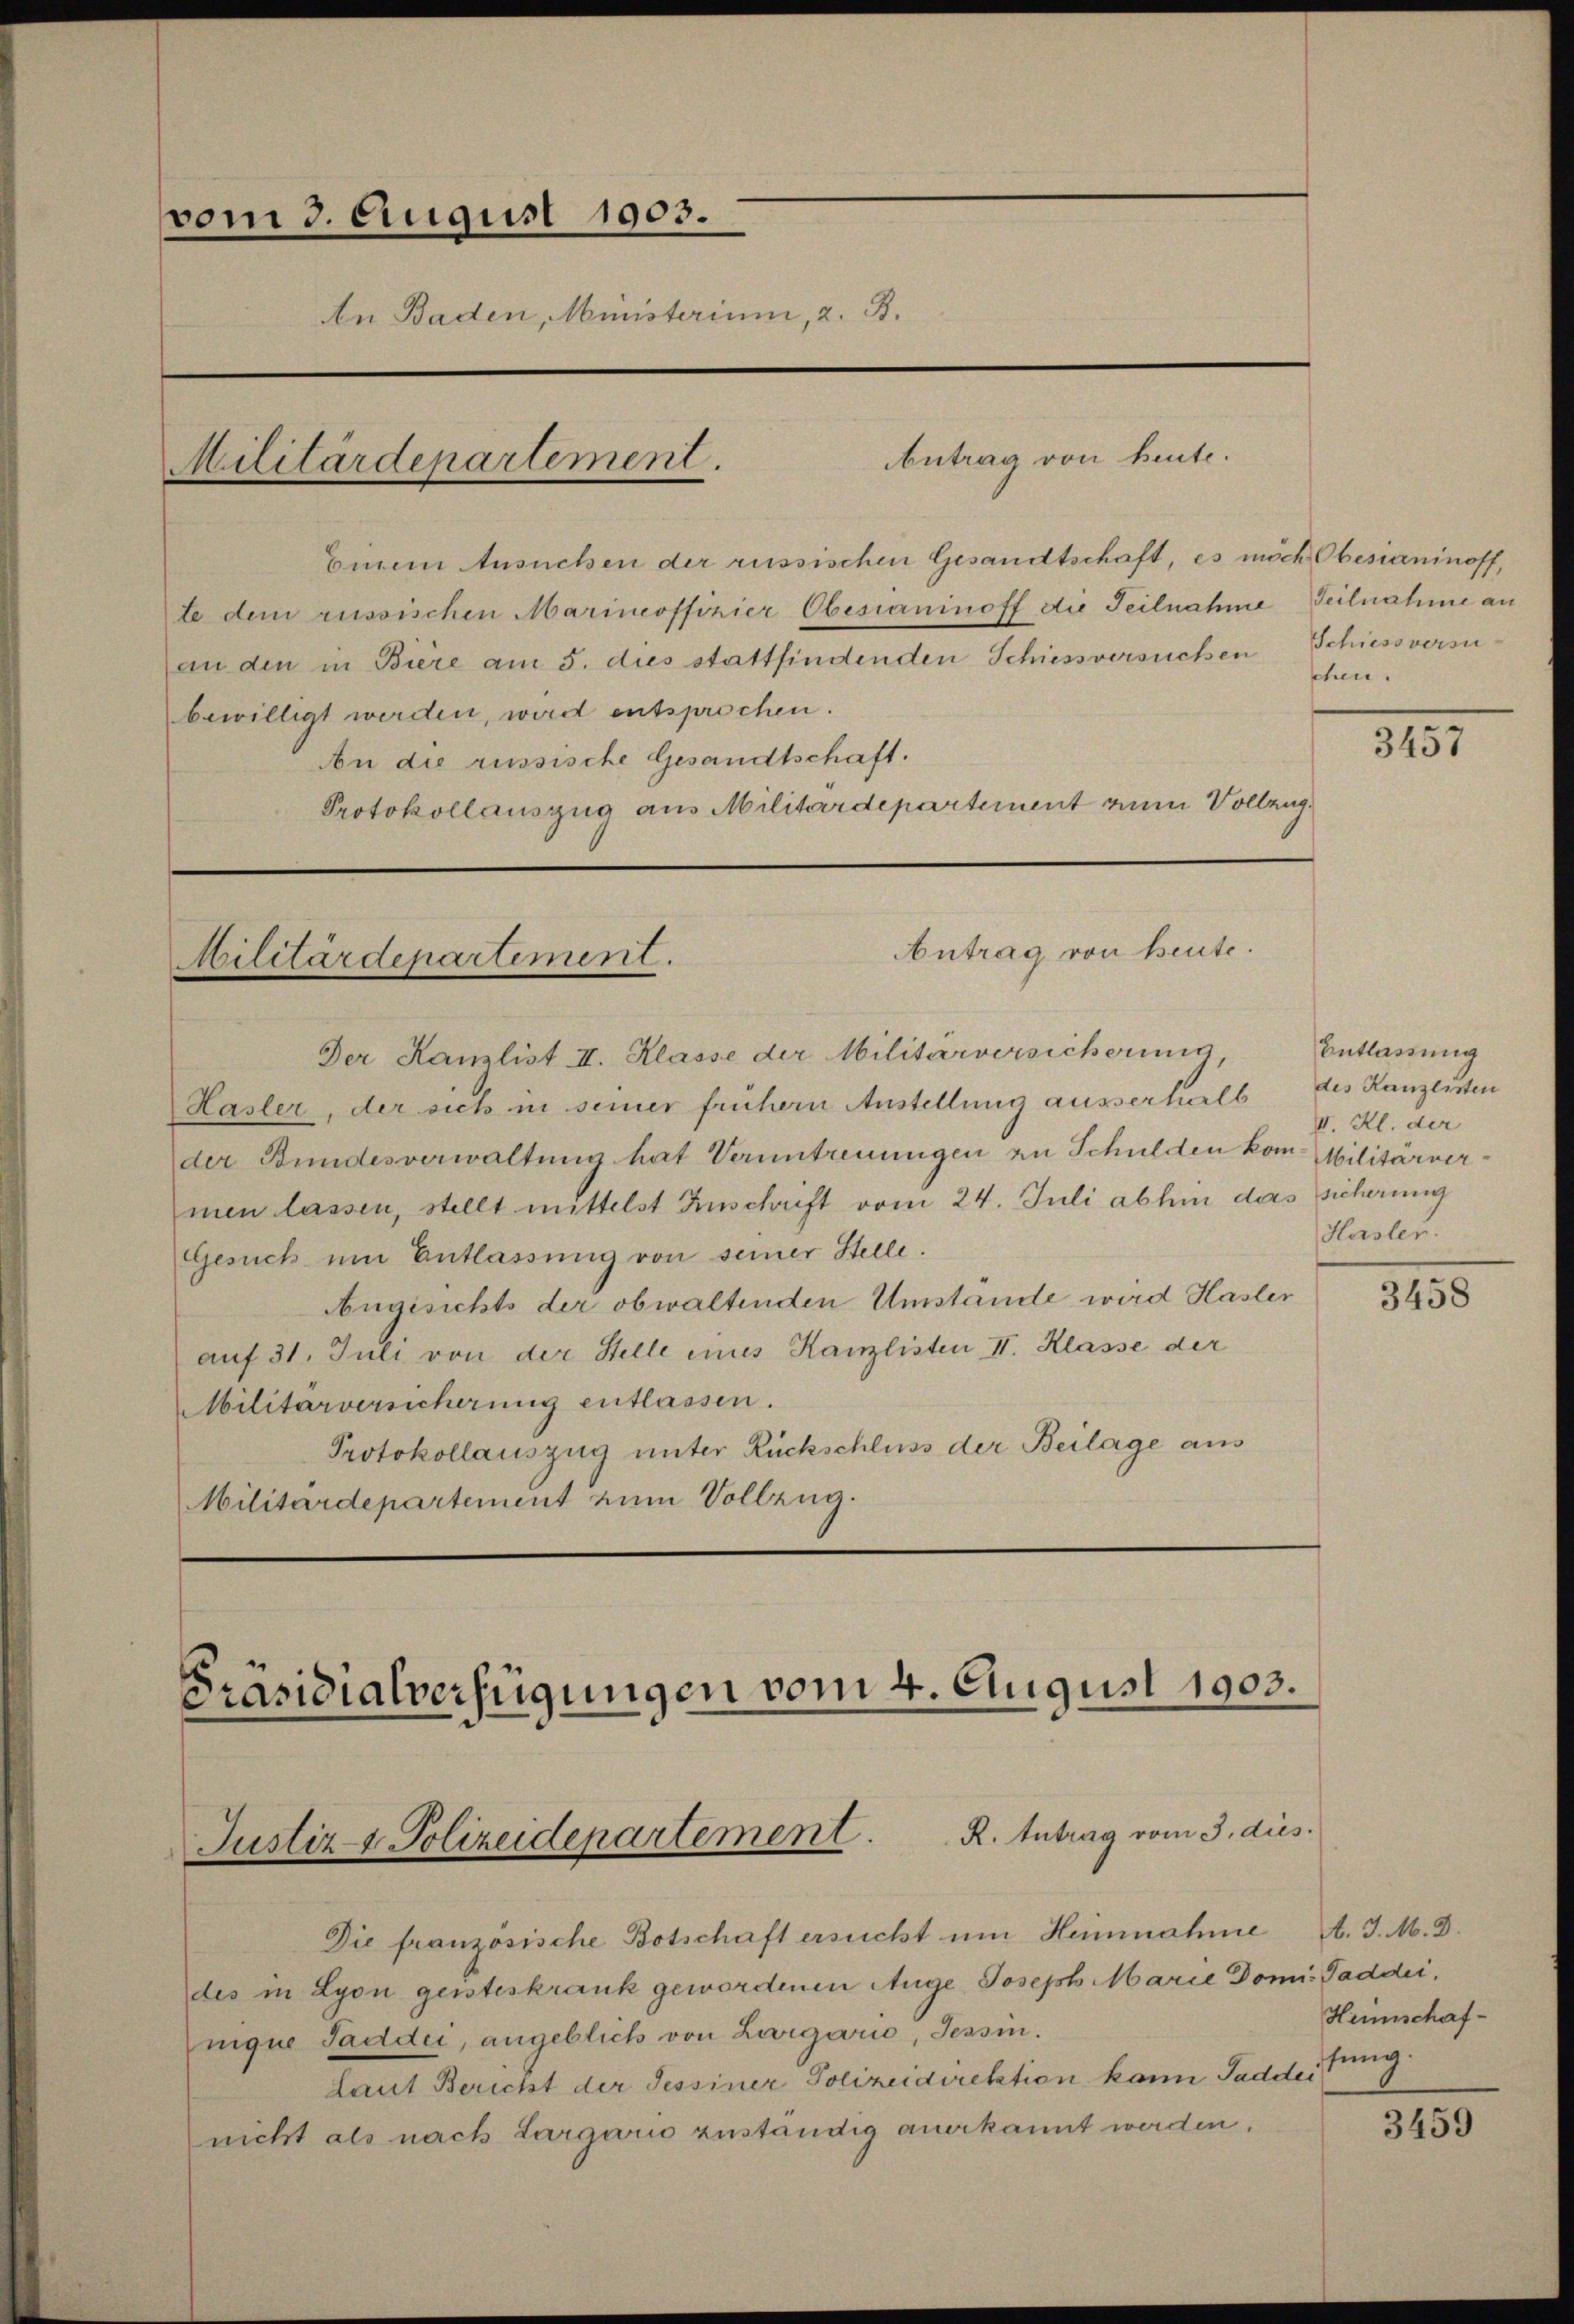
vom 3. August 1903.
An Baden, Ministerium, 2. B.
Militärdepartement.

Einein Ansuchen der russischen Gesandtschaft, es möch Obesianinoff,
te dem russischen Marineoffizier Obesininoff die Teilnahme Teilnahme an
an den in Biere am 5. dies stattfindenden Schiessversuchen Schiessversubewilligt werden, wird entsprochen.
An die russische Gesandtschaft.
Protokollauszug aus Militärdepartement zum Vollzug

Militärdepartement.

Antrag von heute.

Der Kanzlist II. Klasse der Militärversicherung,
Hasler, der sich in seiner frühern Anstellung ausserhalb
der Bundesverwaltŭng hat Veruntreuungen zu Schulden kom- Militärvermen lassen, stellt mittelst Zuschrift vom 24. Juli abhin das sicherung
Gesuch um Entlassung von seiner Stelle.
Angesichts der obwaltenden Umstände wird Hasler
auf 31. Juli von der Stelle eines Kanzlisten II. Klasse der
Militärversicherung entlassen.
Protokollauszug unter Rückschluss der Beilage aus
Militärdepartement zum Vollzug.

Präsidialverfügungen vom 4. August 1903.
R. Antrag vom 3. dies
Justiz- & Polizeidepartement

Die französische Botschaft ersucht um Heinnahme A. J. M. D.
des in Lyon geisteskrank gewordenen Auge Joseph Marie Domi-Paddeinique Saddii, angeblich von Largarie, Tessin.
Laut Bericht der Tessiner Polizeidirektion kann Saddei
nicht als nach Largaris zuständig anerkannt werden.

Antrag von heute.

chen.

2157

Entlassung
des Kanzlisten
II. Kl. der
Hasler.

3458

Heimschafstung.

3459